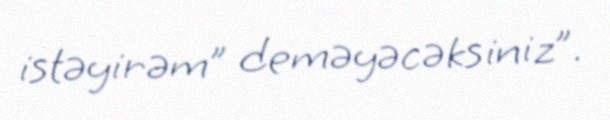
istəyirəm” deməyəcəksiniz”.